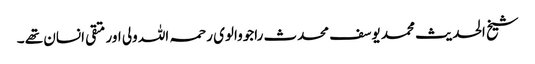
شیخ الحدیث محمد یوسف محدث راجووالوی رحمہ اللہ ولی اور متقی انسان تھے ۔